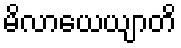
မိလာယေယျာတိ